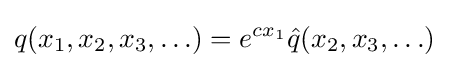
q(x_{1},x_{2},x_{3},\ldots )=e^{cx_{1}}{\hat {q}}(x_{2},x_{3},\ldots )